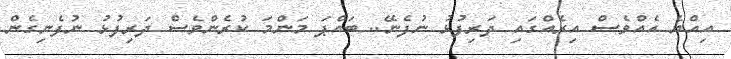
އިއްޔެ އެއްވެސް އިރެއްގައި ދަރިފުޅު ނުފެނޭ.. ބައްޕަ މަންމަ ކުރެންވެސް ދަރިފުޅު ނުފެނިގެން